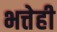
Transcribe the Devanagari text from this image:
भत्तेही